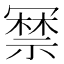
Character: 𭂃